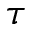
\tau